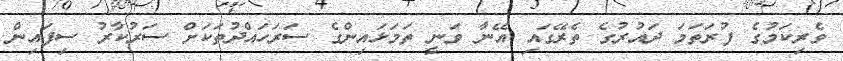
ވެރިކަމުގެ ފުރަތަމަ ދައުރުގެ ތެރޭގައި އޭނާ ވަނީ ތަމަޅައިންގެ ސަރަހައްދުތަކަށް ސަރުކާރު ސިފައިން